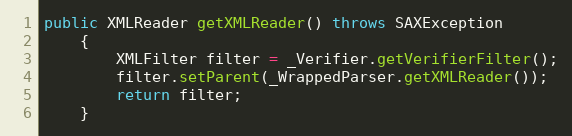
Language: Java
public XMLReader getXMLReader() throws SAXException
    {
        XMLFilter filter = _Verifier.getVerifierFilter();
        filter.setParent(_WrappedParser.getXMLReader());
        return filter;
    }